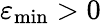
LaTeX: \varepsilon_{\operatorname*{min}}>0